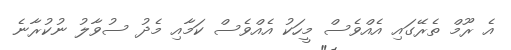
އެ ރޫމް ތެރޭގައި އެއްވެސް މީހަކު އެއްވެސް ކަމާއި މެދު ސުވާލު ނުކުރާނެ